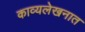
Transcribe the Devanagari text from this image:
काव्यलेखनात